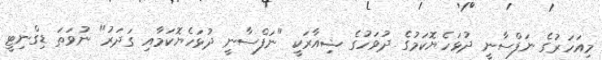
މިއަހަރުގެ ނަފްސާނީ ދުޅަހެޔޮކަމުގެ ދުވަހުގެ ޝިއާރަކީ "ނަފްސާނީ ދުޅަހެޔޮކަމާއި ގަދަރު" ނުވަތަ ޑިގްނިޓީ